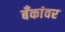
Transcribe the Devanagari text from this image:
बँकांवर